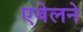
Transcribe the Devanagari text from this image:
एबेलने